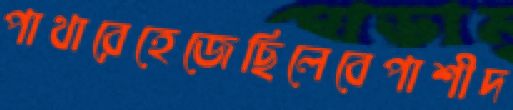
পাথারেহেজেছিলেবেপাশীদ